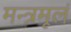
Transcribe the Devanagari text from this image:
मन्त्रमूलं